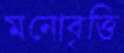
মনোবৃত্তি